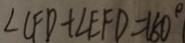
\angle C F D + \angle E F D = 1 8 0 ^ { \circ }